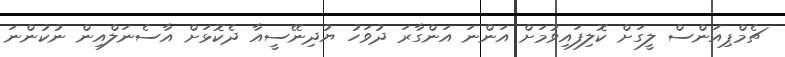
ޗެމްޕިއަންސް ލީގަށް ކޮލިފައިވުމަށް އަންނަ އަންގާރަ ދުވަހު ޔުދިނޭސީއާ ދެކޮޅަށް އާސެނަލްއިން ނުކުންނަ